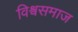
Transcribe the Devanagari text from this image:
विश्वसमाज